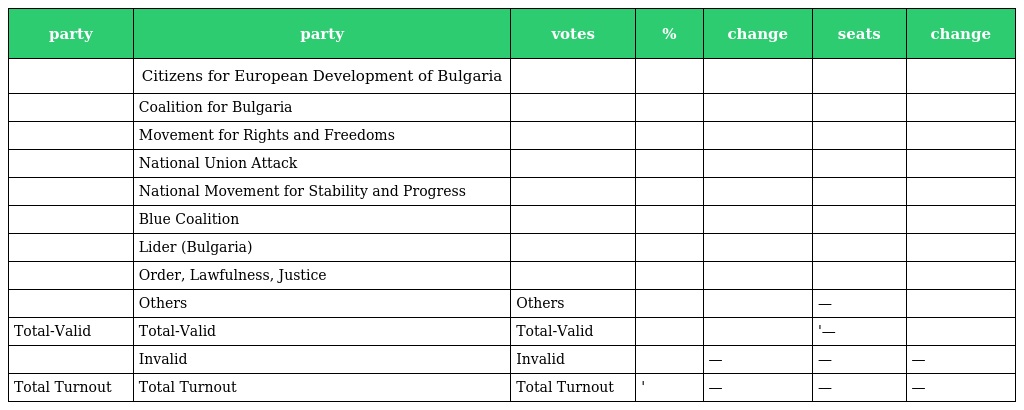
| party | party | votes | % | change | seats | change |
 | --- | --- | --- | --- | --- | --- | --- |
 |  | Citizens for European Development of Bulgaria |  |  |  |  |  |
 |  | Coalition for Bulgaria |  |  |  |  |  |
 |  | Movement for Rights and Freedoms |  |  |  |  |  |
 |  | National Union Attack |  |  |  |  |  |
 |  | National Movement for Stability and Progress |  |  |  |  |  |
 |  | Blue Coalition |  |  |  |  |  |
 |  | Lider (Bulgaria) |  |  |  |  |  |
 |  | Order, Lawfulness, Justice |  |  |  |  |  |
 |  | Others | Others |  |  | — |  |
 | Total-Valid | Total-Valid | Total-Valid |  |  | '— |  |
 |  | Invalid | Invalid |  | — | — | — |
 | Total Turnout | Total Turnout | Total Turnout | ' | — | — | — |